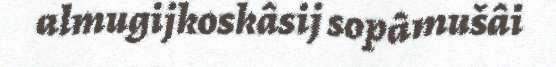
almugijkoskâsij sopâmušâi